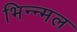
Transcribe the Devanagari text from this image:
भिन्न्मल